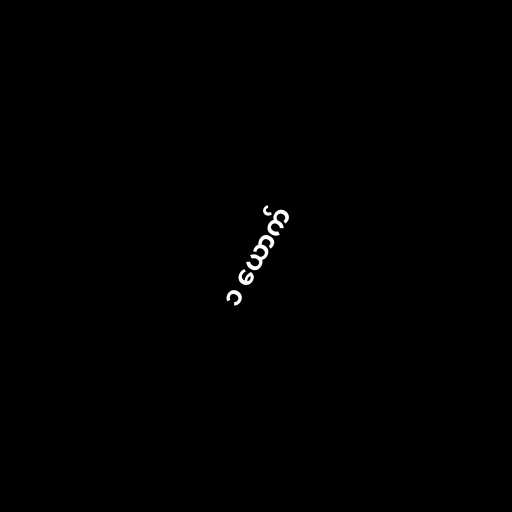
၁ ယောက်